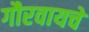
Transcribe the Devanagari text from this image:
गौरवायचे